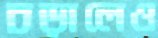
চড়ালেও